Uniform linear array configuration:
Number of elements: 24
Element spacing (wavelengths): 0.75
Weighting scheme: binomial
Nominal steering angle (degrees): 0
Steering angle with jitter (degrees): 0.8914
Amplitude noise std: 0.05
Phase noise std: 0.05

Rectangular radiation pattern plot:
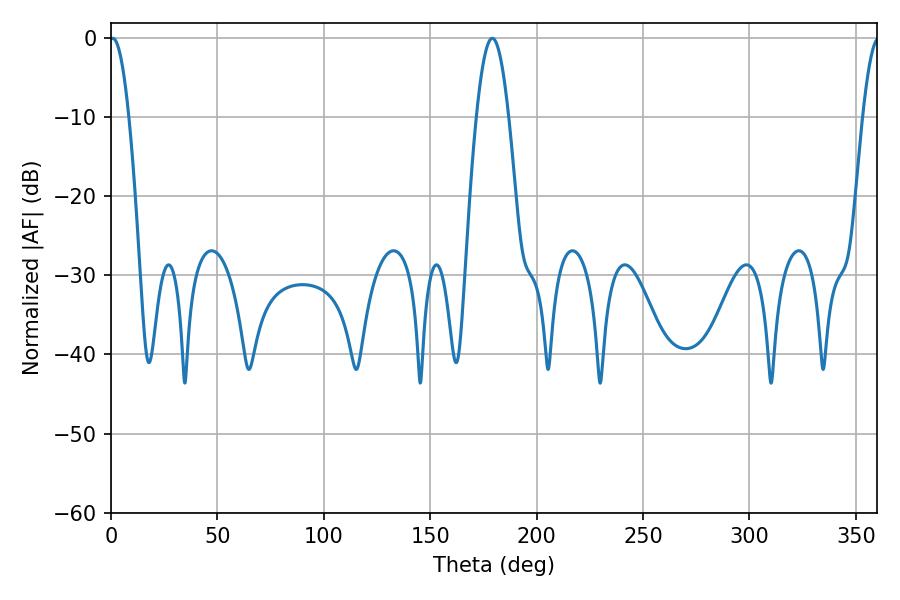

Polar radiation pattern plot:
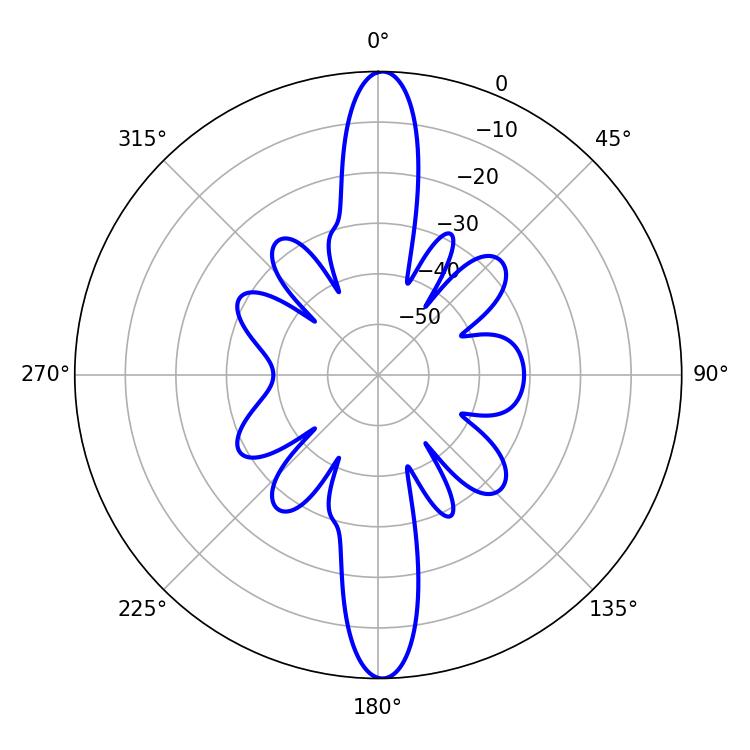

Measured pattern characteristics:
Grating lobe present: TRUE
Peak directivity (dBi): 26.753
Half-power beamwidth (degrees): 4.86
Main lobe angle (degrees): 0.9